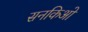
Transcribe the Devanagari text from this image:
सनकिओं